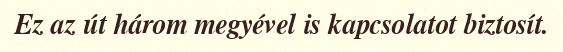
Ez az út három megyével is kapcsolatot biztosít.